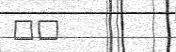
٤٧